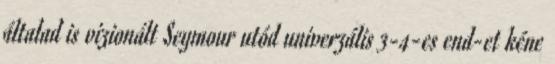
általad is vizionált Seymour utód univerzális 3-4-es end-et kéne